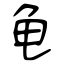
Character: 龟